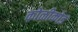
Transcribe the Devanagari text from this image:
कोळीकोड